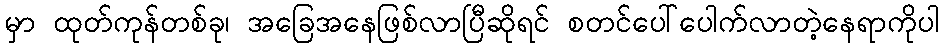
မှာ ထုတ်ကုန်တစ်ခု၊ အခြေအနေဖြစ်လာပြီဆိုရင် စတင်ပေါ်ပေါက်လာတဲ့နေရာကိုပါ